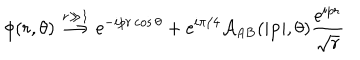
\phi ( r , \theta ) \stackrel { r \gg 1 } { \longrightarrow } \mathrm { e } ^ { - i p r \cos \theta } + \mathrm { e } ^ { i \pi / 4 } { \cal A } _ { \mathrm { A B } } ( | { \bf p } | , \theta ) \frac { \mathrm { e } ^ { i p r } } { \sqrt { r } }